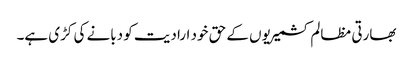
بھارتی مظالم کشمیریوں کے حق خود ارادیت کو دبانے کی کڑی ہے۔